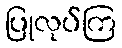
ပြုလုပ်ကြ